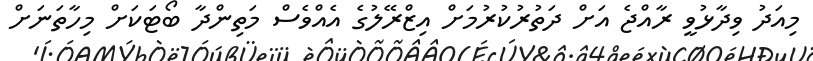
މިއަދު ވިދާޅުވީ ރާއްޖެ އަށް ދަތުރުކުރުމަށް އިޒްރޭލުގެ އެއްވެސް މަތިންދާ ބޯޓަކަށް މިހާތަނަށް